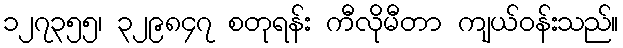
၁၂၇၃၅၅၊ ၃၂၉၈၄၇ စတုရန်း ကီလိုမီတာ ကျယ်ဝန်းသည်။